Reports on dispensaries and lunatic asylums in the Province of Oudh - 1869-1876
Year: 1869
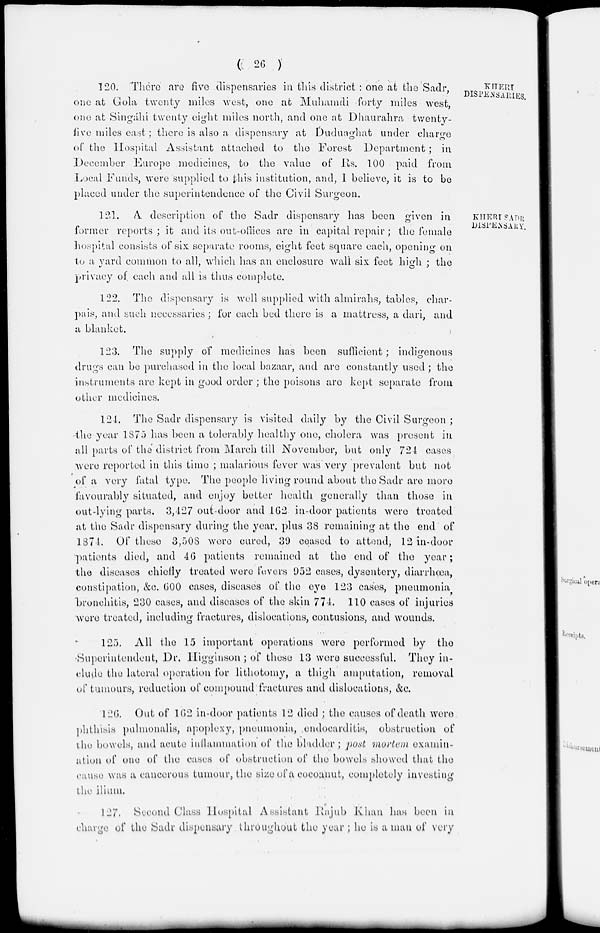
( 26 )
KHERI
DISPENSARIES.
120. There are five dispensaries in this district : one at the Sadr,
one at Gola twenty miles west, one at Muhamdi forty miles west,
one at Singáhi twenty eight miles north, and one at Dhaurahra twenty-
five miles cast; there is also a dispensary at Duduaghat under charge
of the Hospital Assistant attached to the Forest Department ; in
December Europe medicines, to the value of Rs. 100 paid from
Local Funds, were supplied to this institution, and, I believe, it is to be
placed under the superintendence of the Civil Surgeon.
KHERI SADR
DISPENSARY,
121. A description of the Sadr dispensary has been given in
former reports; it and its out-offices are in capital repair; the female
hospital consists of six separate rooms, eight feet square each, opening on
to a yard common to all, which has an enclosure Avail six feet high ; the
privacy of each and all is thus complete.
122. The dispensary is well supplied with almirahs, tables, char-
pais, and such necessaries; for each bed there is a mattress, a dari, and
a blanket.
123. The supply of medicines has been sufficient; indigenous
drugs can be purchased in the local bazaar, and are constantly used ; the
instruments are kept in good order ; the poisons are kept separate from
other medicines.
124. The Sadr dispensary is visited daily by the Civil Surgeon ;
the year 1875 has been a tolerably healthy one, cholera was present in
all parts of the district from March till November, but only 721 cases
were reported in this time ; malarious fever was very prevalent but not
of a very fatal type. The people living round about the Sadr are more
favourably situated, and enjoy better health generally than those in
out-lying parts. 3,127 out-door and 162 in-door patients were treated
at the Sadr dispensary during the year, plus 38 remaining at the end of
1874
Of these 3,508 were cured, 39 ceased to attend, 12 in-door
patients died, and AG patients remained at the end of the year;
the diseases chiefly treated were fevers 952 cases, dysentery, diarrhoea,
constipation, &c. 600 cases, diseases of the eye 123 cases, pneumonia
bronchitis, 230 cases, and diseases of the skin 774. 110 cases of injuries
were treated, including fractures, dislocations, contusions, and wounds.
125. All the 15 important operations were performed by the
Superintendent, Dr. Higginson ; of these 13 were successful. They in-
clude the lateral operation for lithotomy, a thigh amputation, removal
of tumours, reduction of compound fractures and dislocations, &c.
126. Out of 162 in-door patients 12 died ; the causes of death were
phthisis pulmonalis, apoplexy, pneumonia, endocarditis, obstruction of
the bowels, and acute inflammation of the bladder ; post mortem examin-
ation of one of the cases of obstruction of the bowels showed that the
cause was a cancerous tumour, the size of a cocoanut, completely investing
the ilium.
127. Second Class Hospital Assistant Rajub Khan has been in
charge of the Sadr dispensary throughout the year ; he is a man of very